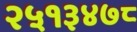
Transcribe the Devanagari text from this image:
२५१३४७८